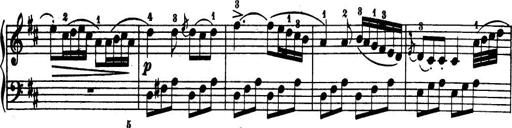
Title: 32 Sonatinas and Rondos for the Piano
Composer: Richard Kleinmichel